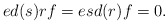
\begin{align*} ed(s)rf=esd(r)f=0.\end{align*}